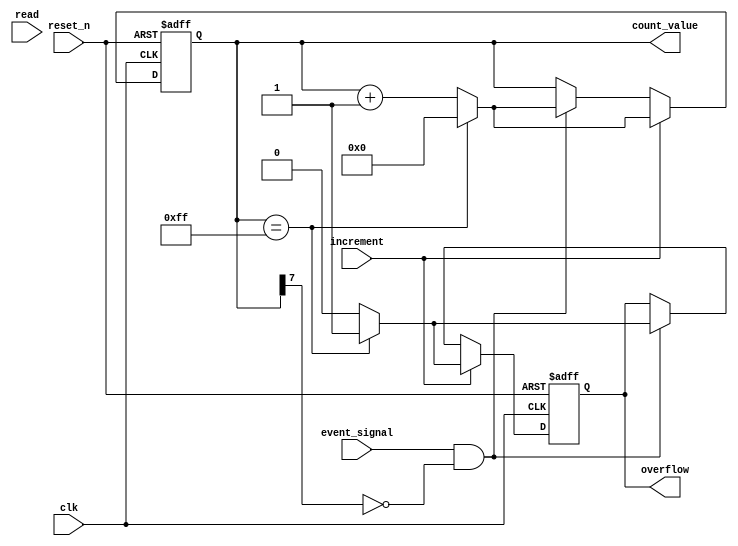
module EventCounter #(
    parameter COUNTER_WIDTH = 8  // Parameterize the bit-width of the counter
)(
    input wire clk,                // Clock signal
    input wire reset_n,            // Active low asynchronous reset signal
    input wire event_signal,        // Event signal to trigger counting
    input wire increment,           // Control signal to increment the counter
    input wire read,               // Control signal to read the counter value
    output reg [COUNTER_WIDTH-1:0] count_value, // Current count value
    output reg overflow             // Overflow indication
);

    // Internal signals
    reg [COUNTER_WIDTH-1:0] count_next; // Next count value
    wire event_detected;

    // Event detection: rising edge of event_signal
    assign event_detected = event_signal && !count_value[COUNTER_WIDTH-1]; // For a single pulse

    // Synchronous logic for counting
    always @(posedge clk or negedge reset_n) begin
        if (!reset_n) begin
            count_value <= 0;          // Asynchronous reset
            overflow <= 1'b0;          // Clear overflow
        end else if (increment) begin
            if (count_value == {COUNTER_WIDTH{1'b1}}) begin
                count_value <= 0;      // Wrap around on overflow
                overflow <= 1'b1;       // Set overflow flag
            end else begin
                count_value <= count_value + 1; // Increment counter
                overflow <= 1'b0;       // Clear overflow
            end
        end else if (event_detected) begin
            if (count_value == {COUNTER_WIDTH{1'b1}}) begin
                count_value <= 0;      // Wrap around on overflow
                overflow <= 1'b1;       // Set overflow flag
            end else begin
                count_value <= count_value + 1; // Increment counter
                overflow <= 1'b0;       // Clear overflow
            end
        end
    end

    // The read operation can be synchronous or used for outputting the current count value
    // This can be handled externally since count_value is always updated on clock edges

endmodule